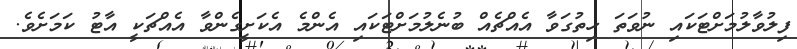
ފިލުވާލުމަށްޓަކައި ނުވަތަ ހިތުގަވާ އެއްޗެއް ބުނެލުމަށްޓަކައި އެންމެ އެކަށީގެންވާ އެއްޗަކީ އާޓު ކަމަށެވެ.